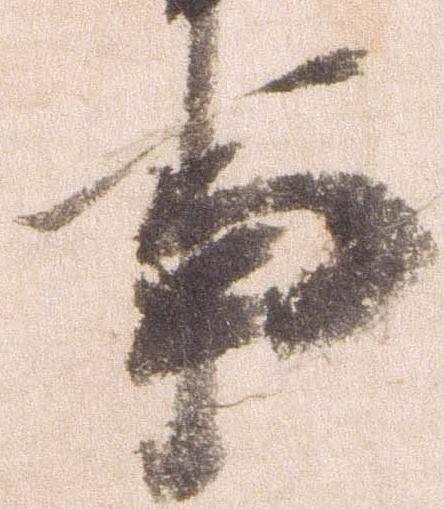
事